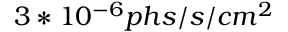
3 * 1 0 ^ { - 6 } p h s / s / c m ^ { 2 }